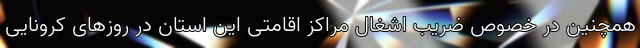
همچنین در خصوص ضریب اشغال مراکز اقامتی این استان در روزهای کرونایی